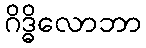
ဂိဒ္ဓိလောဘာ